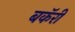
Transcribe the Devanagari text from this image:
बकॅरी